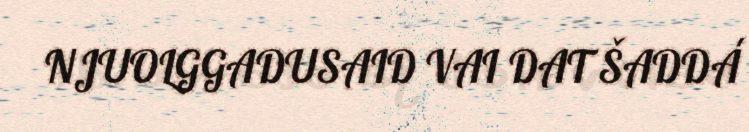
NJUOLGGADUSAID VAI DAT ŠADDÁ